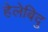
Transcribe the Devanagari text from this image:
हेलेबिदु